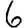
Digit: 6